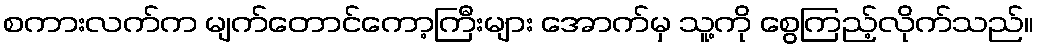
စကားလက်က မျက်တောင်ကော့ကြီးများ အောက်မှ သူ့ကို စွေကြည့်လိုက်သည်။